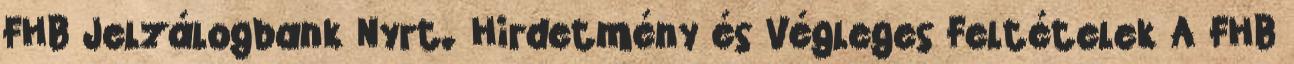
FHB Jelzálogbank Nyrt. Hirdetmény és Végleges Feltételek A FHB